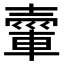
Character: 𮝘